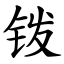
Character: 䥽